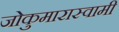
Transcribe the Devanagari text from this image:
जोकुमारास्वामी